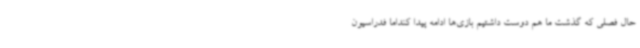
حال فصلی که گذشت ما هم دوست داشتیم بازی‌ها ادامه پیدا کنداما فدراسیون